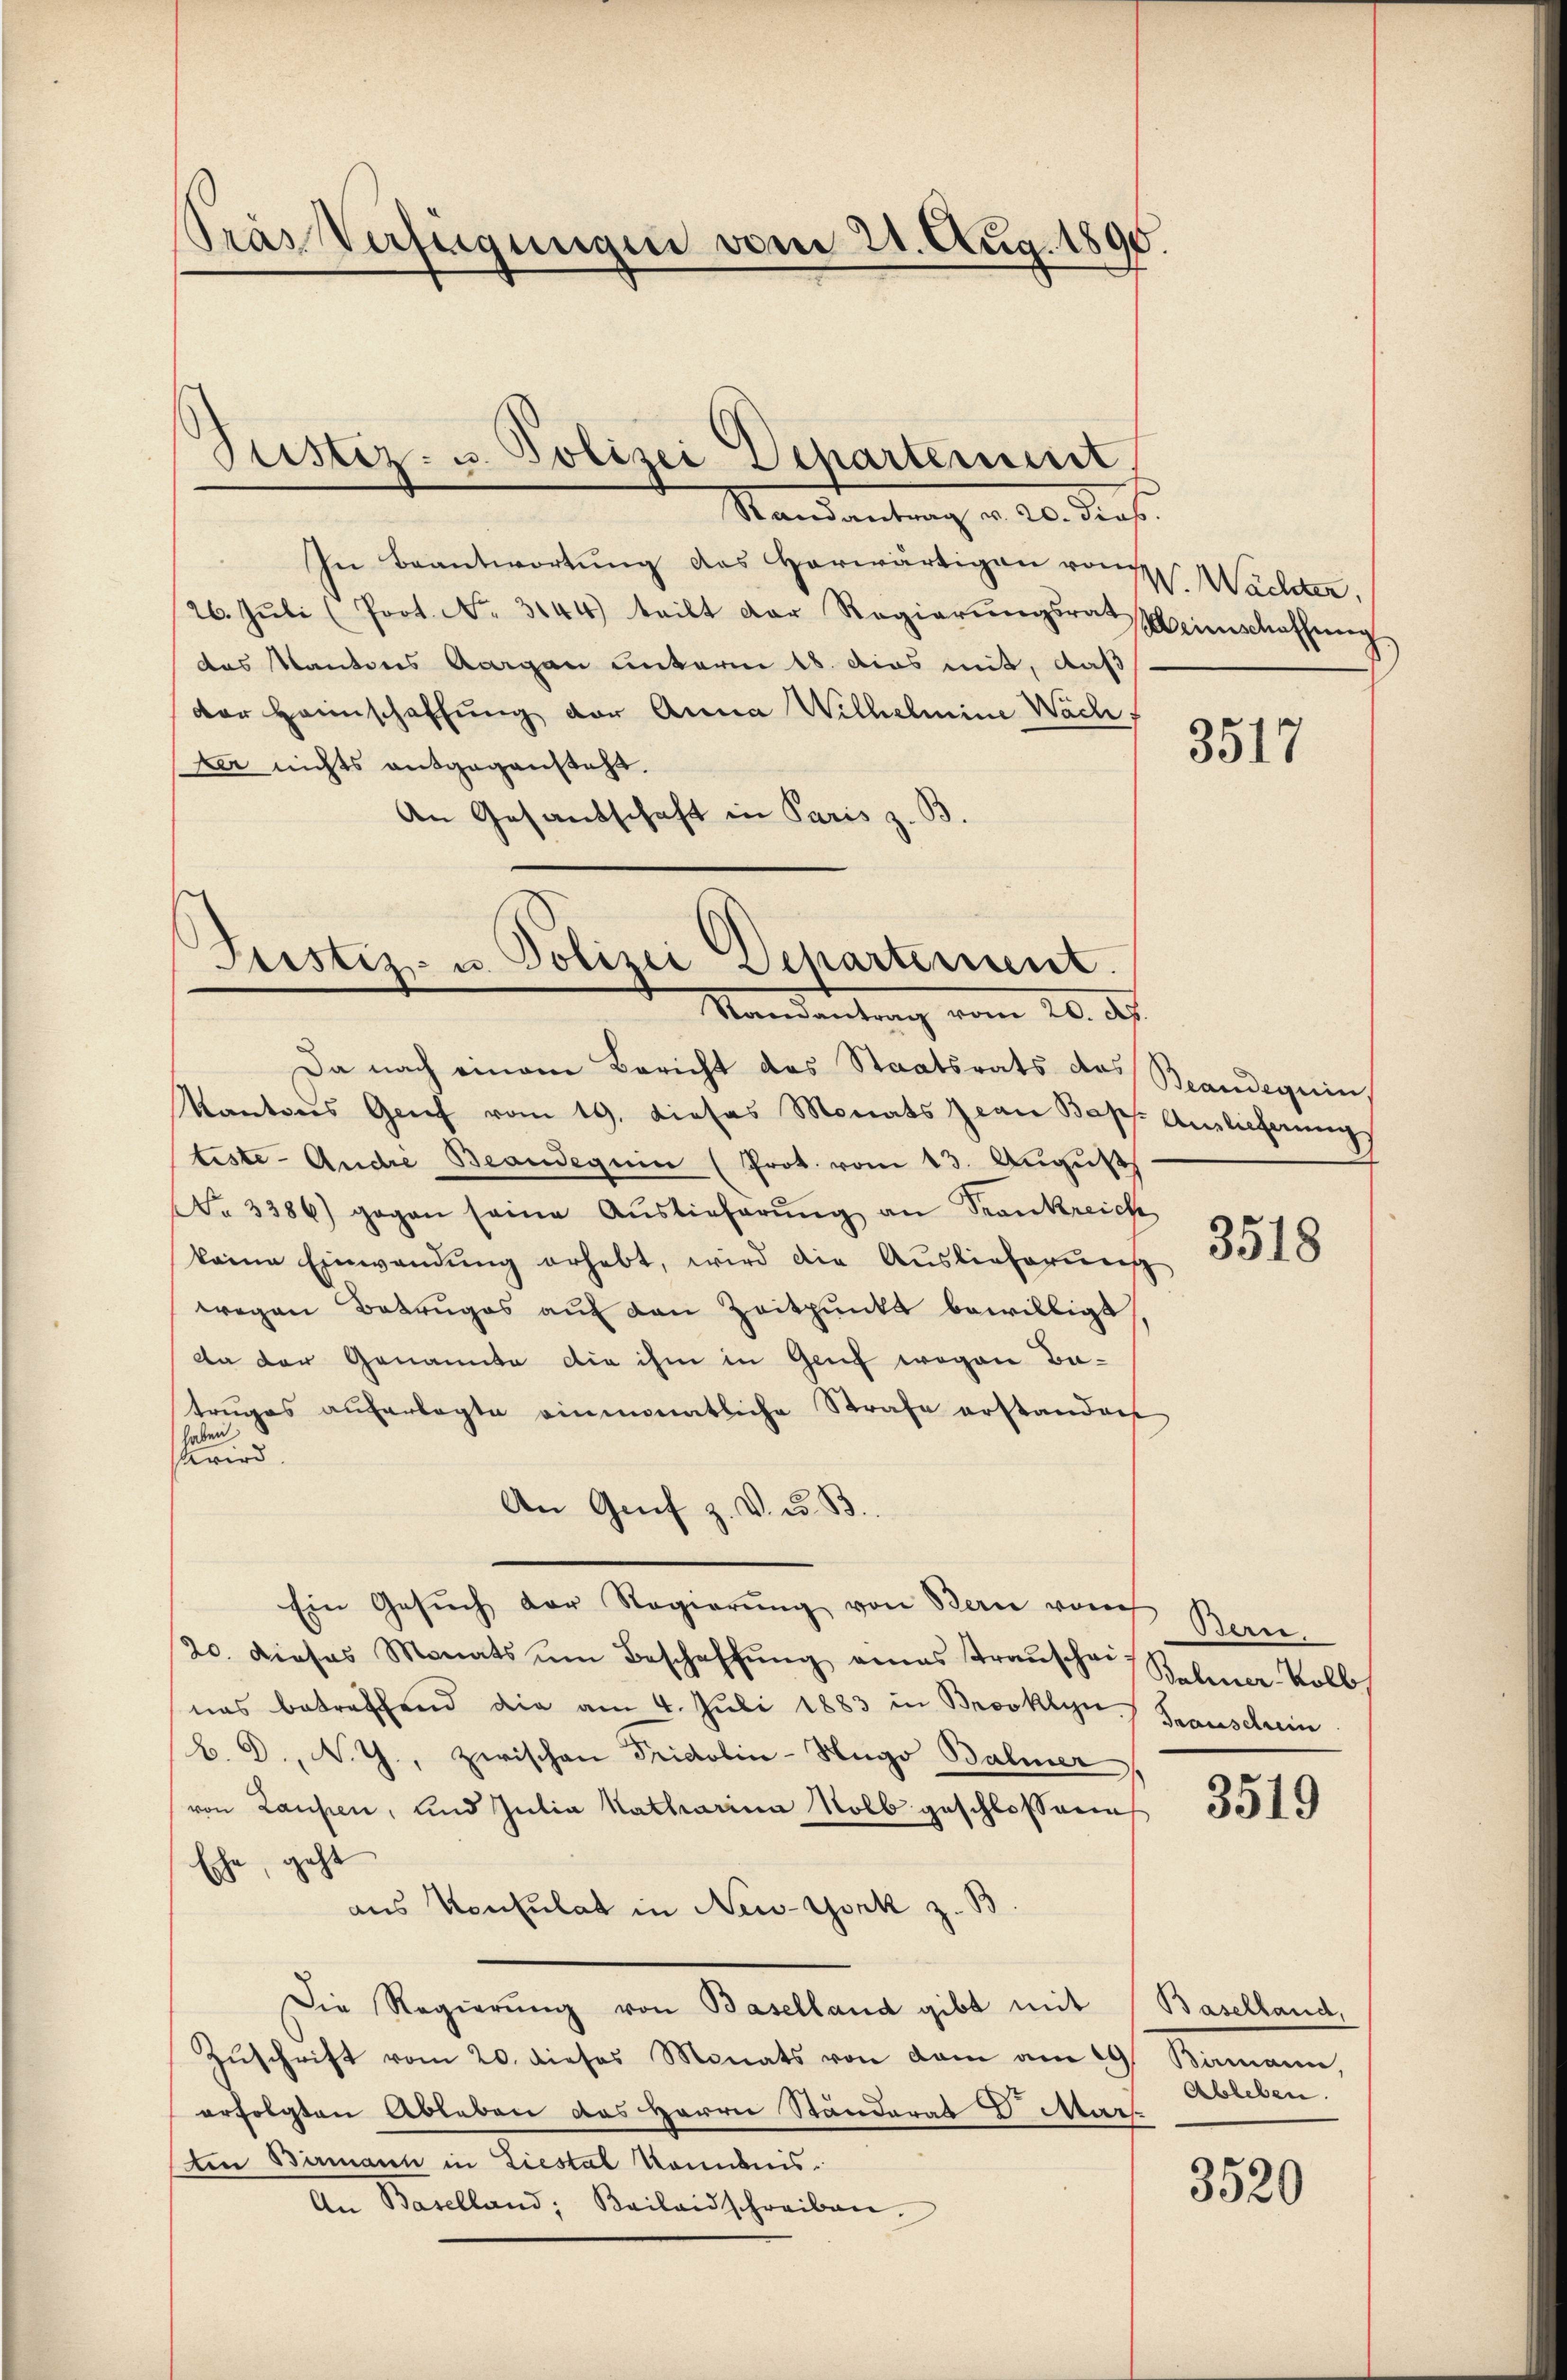
Pras Verfügungen vom 21. Aug. 1895.

Randantrag v. 20. dies
In Beantwortung des Herwärtigen von Wächter,
26. Jŭli (Prot. No. 3144) teilt der Regierŭngsrat Meinschaffŭng
das Kantons Aargau unterm 18. dies mit, daß
der Heimschaffung der Anna Wilhelmine Wach
ker nichts entgegensteht.
An Gesandschaft in Paris z.

Justiz- u. Polizei Departement

Justiz- u. Polizei Departement.
Mandantung vom 20. ds.

Da nach einem Bericht des Staatsrats des Beandeguin,
Kantons Genf vom 19. dieses Monats Jean Bapp. Auslieferung
teste- Andre Beandeguin (Prot. vom 13. August
No 3386) gegen seine Auslieferŭng an Srankreich
keine Einwendŭng erhebt, wird die Auslieferenis
wegen Betruges auf den Zeitpunkt bewilligt,
a der Genannte die ihm in Genf wegen Betrŭges auferlegte einmonatliche Strafe erstanden
haben
wird
An Genf z. V. u. B
Ein Gesŭch der Regierŭng von Bern von Bern
20. dieses Monats ŭm Beschaffŭng eines Traŭschein Rebener Kolb.
nas betreffend die am 4. Juli 1883 in Brooklyn. Franschein
B. D., N. Z., zwischen Pridolin-Hugo Balmer
von Laufen, und Julia Katharina Kolb geschlossene
Eche, geht
aus Konsulat in New-York z. B.
Die Regierŭng von Baselland gibt mit Baselland,
Zŭschrift vom 20. dieses Monats von dem am 29 Bimann,
erfolgten Ableben das Herrn Ständerat d. Mars.
mn Birmann in Liestal kommnis.
An Baselland, Bailandschreiben.

3517

3518

3519

Ableben.

3520